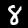
Label: 8